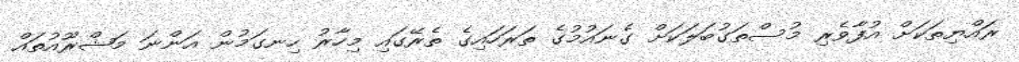
ރައްޔިތަކަށް އުފާވެރި މުސްތަގުބަލަކަށް ގެނައުމުގެ ތަރަހައިގެ ތެރޭގައި މިހާރު ހިނގަމުން އަންނަ މަޝްރޫއުތައް